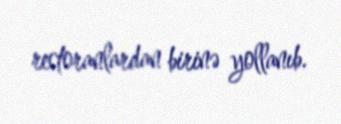
restoranlardan birinə yollanıb.